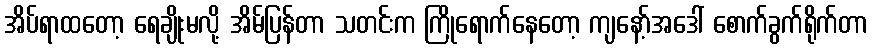
အိပ်ရာထတော့ ရေချိုးမလို့ အိမ်ပြန်တာ သတင်းက ကြိုရောက်နေတော့ ကျနော့်အဒေါ် စောက်ခွက်ရိုက်တာ